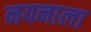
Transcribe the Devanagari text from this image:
नयनाला